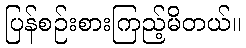
ပြန်စဉ်းစားကြည့်မိတယ်။